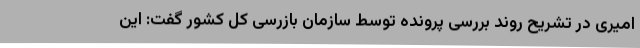
امیری در تشریح روند بررسی پرونده توسط سازمان بازرسی کل کشور گفت: این